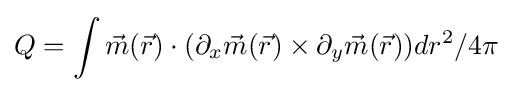
Q=\int {\vec {m}}({\vec {r}})\cdot (\partial _{x}{\vec {m}}({\vec {r}})\times \partial _{y}{\vec {m}}({\vec {r}}))dr^{2}/4\pi